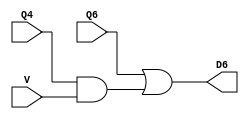
`timescale 1ns / 1ps
//////////////////////////////////////////////////////////////////////////////////
// Company: 
// Engineer: 
// 
// Design Name: 
// Module Name: Location6
// Project Name: 
// Target Devices: 
// Tool Versions: 
// Description: 
// 
// Dependencies: 
// 
// Revision:
// Revision 0.01 - File Created
// Additional Comments:
// 
//////////////////////////////////////////////////////////////////////////////////


module Location6(input Q4, Q6, V, output D6);

    assign D6 = Q6 | (Q4 & V);

endmodule